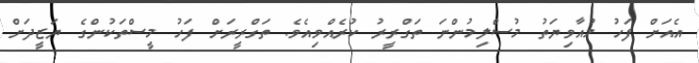
އެއަށް ފަހު މުއާވިޔަތު މުސްލިމުންނަ ތަގްރީރު ކުރެއްވިއެވެ. ތަގްރީރަށް ފަހު މީސްތަކުންގެ ޔަޒީދަށް